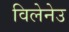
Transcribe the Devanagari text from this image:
विलेनेउ